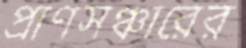
প্রাণসঞ্চারের